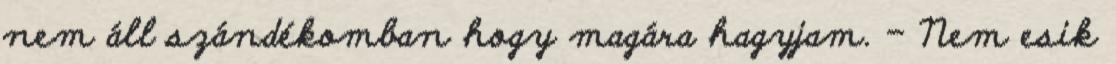
nem áll szándékomban hogy magára hagyjam. – Nem esik